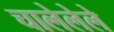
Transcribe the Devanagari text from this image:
चालेलेले